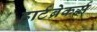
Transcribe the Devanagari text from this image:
हार्टब्रेकर्स